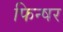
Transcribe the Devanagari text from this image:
फिन्षर